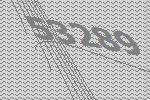
53289